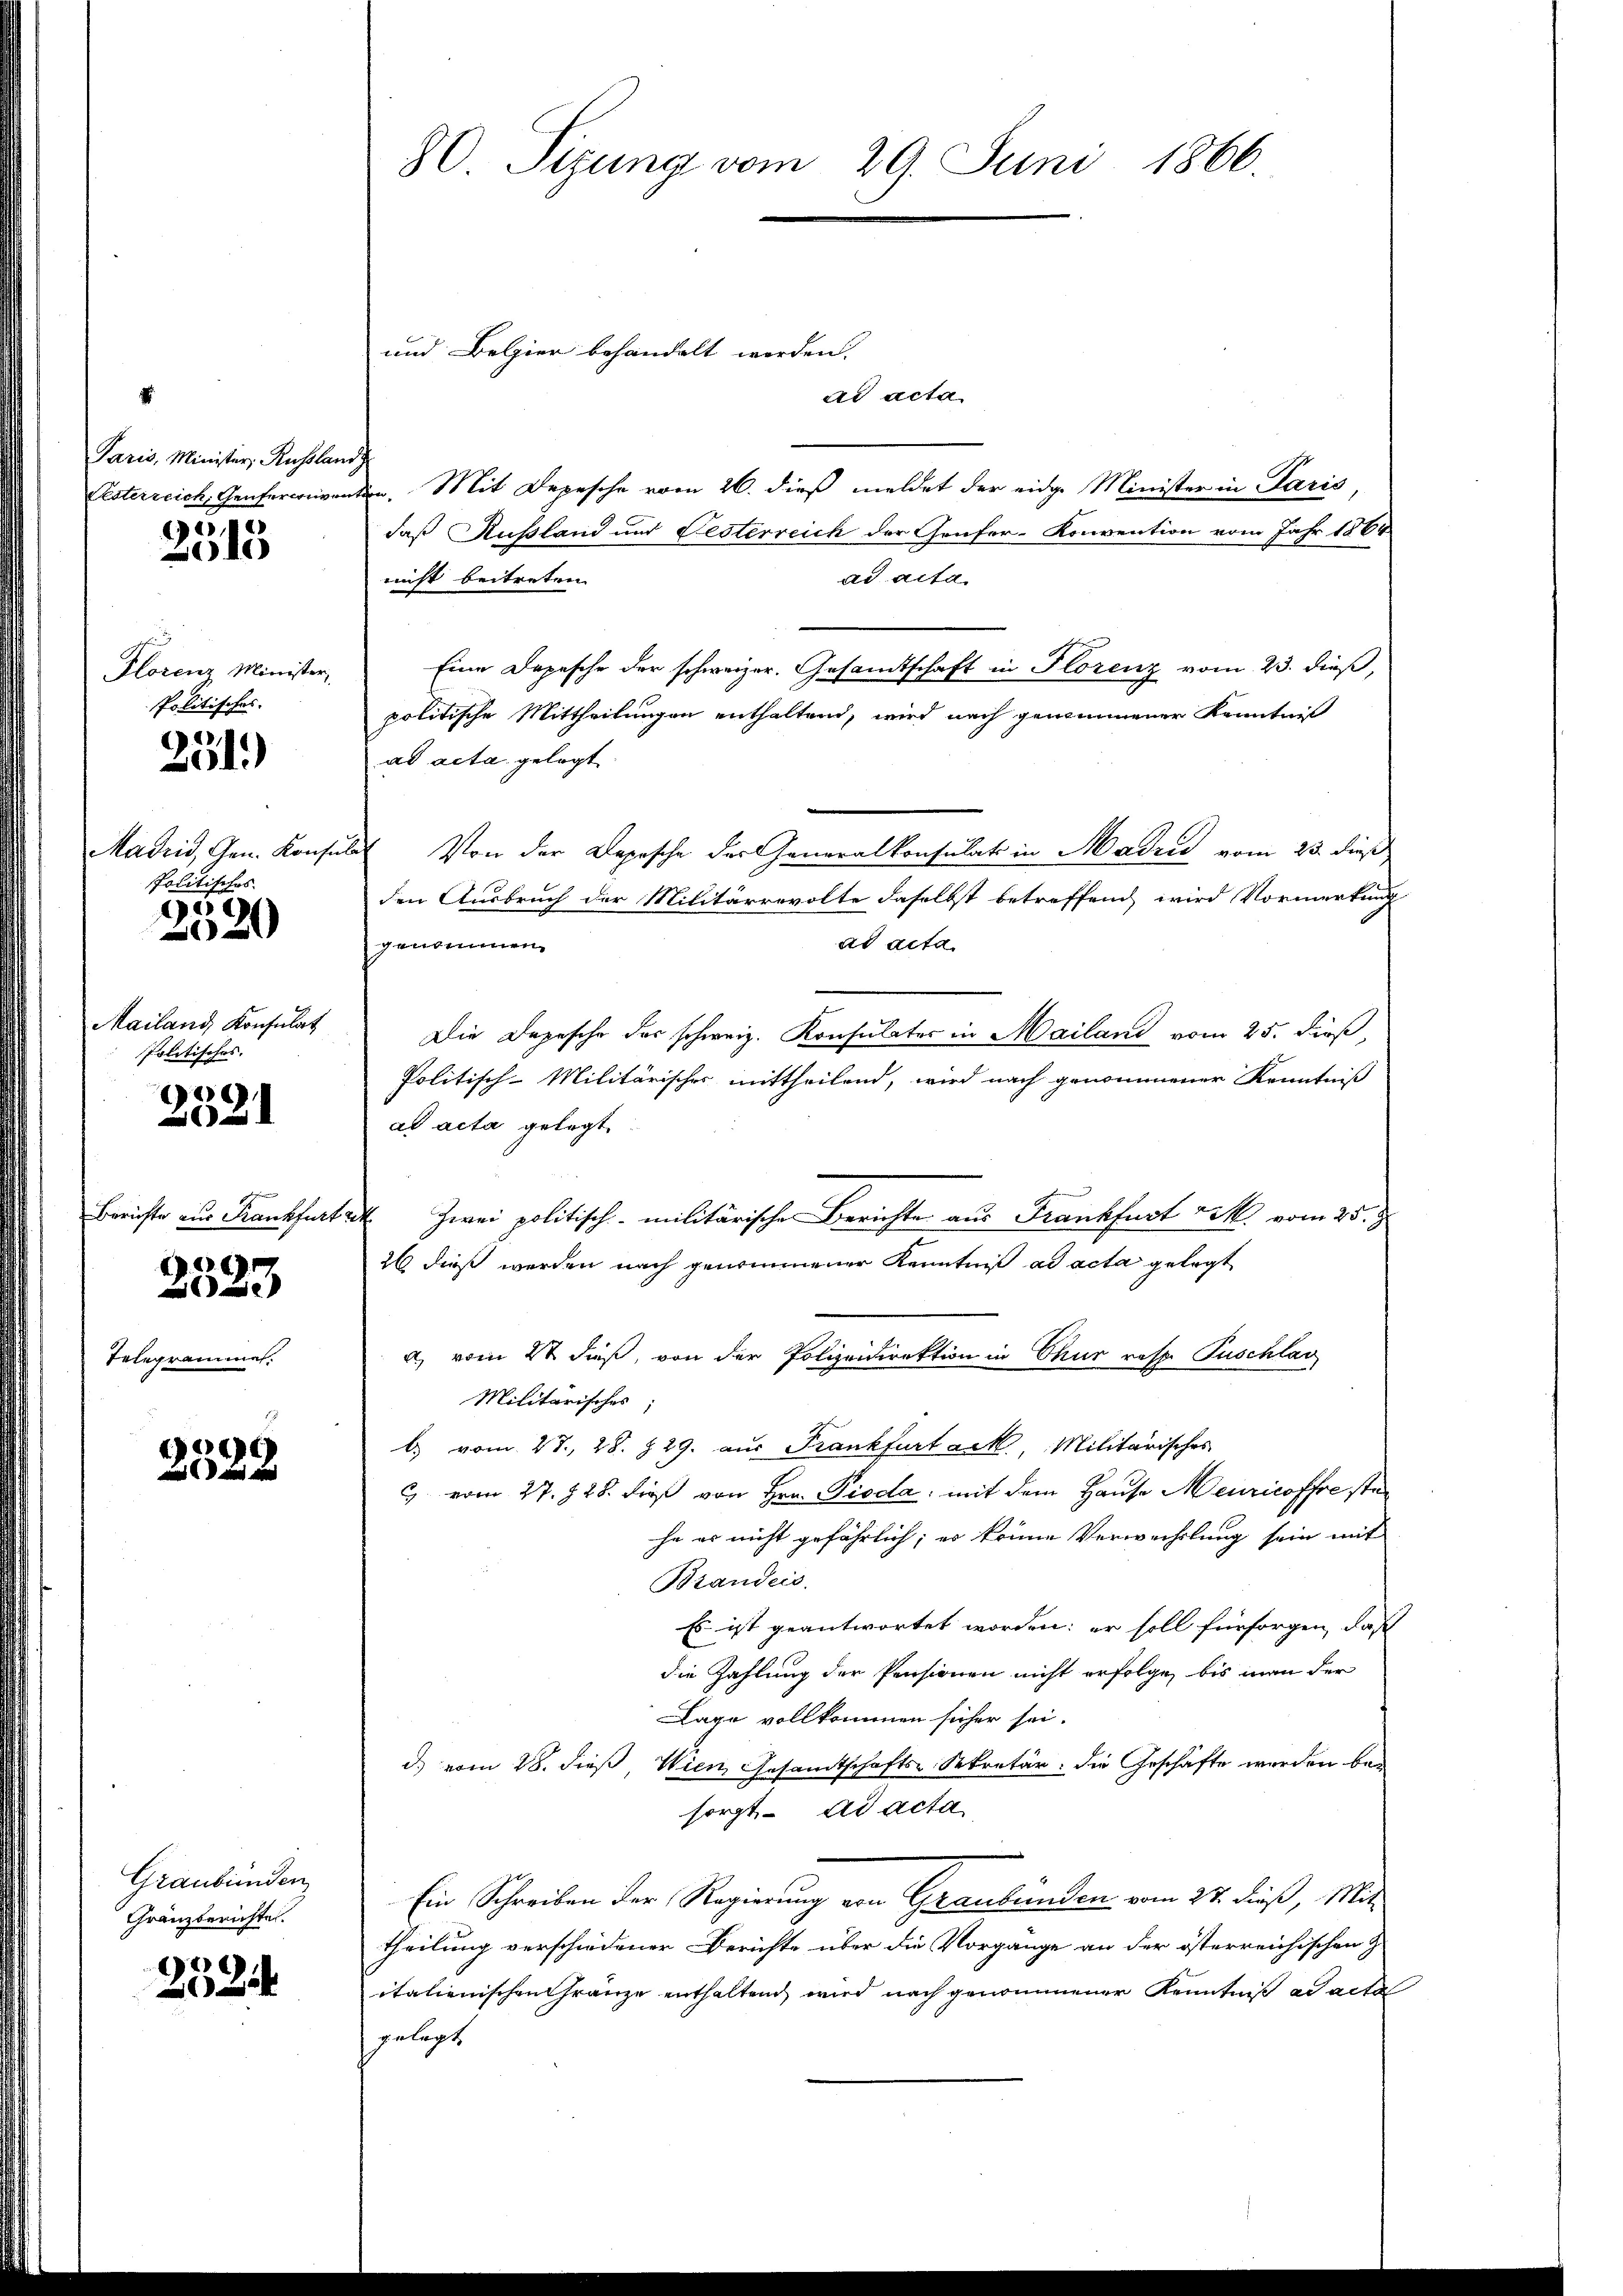
Paris, Minister, Russlandg
Pesterreich, Genferin von
2

15

Florenz Minister
Politisches.

2
04.)

Madrid, Gen. Konse
Politisches.
9

30

Mailand, Konsulat
Politisches. |

1
2

Berichte aus Frankfurt
Telegrammes.

6
e

15
1
und dann und

Graubünden
Gränzberichte.

109,
f

80 Sizung vom 29. Juni 1866.

und Belgier behandelt werden.
ad acta
ten. Mit Depesche vom 26. dieß meldet der eidg. Minister in Paris,
daß Kußland und Festerreich der Genfer-Konvention vom Jahr 1864
ad acta.
nicht beitreten
Eine Depesche der schweizer. Gesamtschaft in Florenz vom 23. dieß,
politische Mittheilungen enthaltend, wird nach genommener Kenntniß
ad acta gelegt
 Von der Depesche der Generalkonsulat in Madrić vom 23. dieß
den Ausbruch der Militärrevolte daselbst betreffend wird Vormerkung
ad acta
genommen
Die Depesche des schweiz. Konsulater in Mailand vom 25. dieß
Politisch-Militärischer mittheilend, wird nach genommener Kenntniß
ad acta gelegt
t
Zwei politisch-militärische Berichte aus Frankfurt M. vom 25. J
26 dieß werden nach genommener Kenntniß ad acta gelegt
a, vom 2t dieß, von der Polizeidirektion in Chur resp. Puschlav
Militarisches,
b. vom 27. 28. 729. aus Frankfurt ack, Militärisches
C vom 27. 728. dieß von Hrn. Pioda, mit dem Hause Meuricoffrestehe es nicht gefährlich; es keine Verwechslung sein mit
Brandeis.
Es ist geantwortet worden; er soll fürsorgen, daß
die Zahlung der Pensionen nicht erfolge, bis man der
Lago vollkommen sicher sei.
d. vom 28. dieß, Wien Gesamtschafts-Sekretär: die Geschäfte werden bei
sorgt. ad acta
Ein Schreiben der Regierung von Graubünden vom 27. dieß, Mit
theilung verschiedener Berichte über die Vorgange an der österreichischen Z
italienischen Granze enthaltend wird nach genommener Kenntniß ad acta
gelegt.